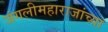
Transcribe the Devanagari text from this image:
जंगलीमहाराजांच्या